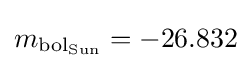
m_{{\text{bol}}_{\rm {Sun}}}=-26.832